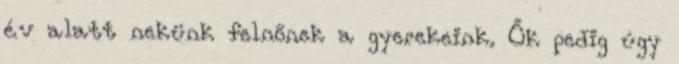
év alatt nekünk felnőnek a gyerekeink. Ők pedig úgy